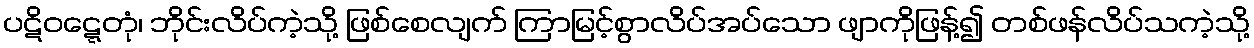
ပဋိဝဋ္ဋေတုံ၊ ဘိုင်းလိပ်ကဲ့သို့ ဖြစ်စေလျက် ကြာမြင့်စွာလိပ်အပ်သော ဖျာကိုဖြန့်၍ တစ်ဖန်လိပ်သကဲ့သို့